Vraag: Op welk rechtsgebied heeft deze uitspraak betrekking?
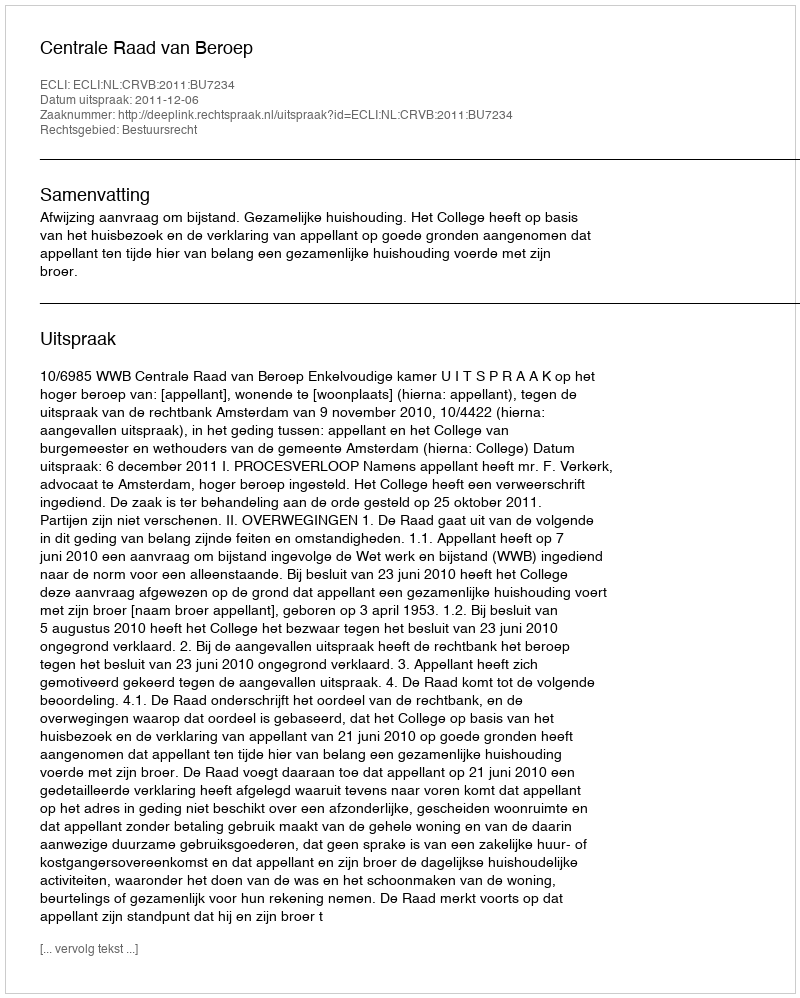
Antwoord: Bestuursrecht